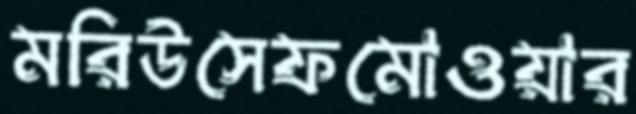
মরিউসেফমোওয়ার